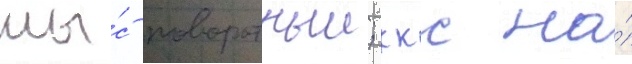
мы́с поворотныи; ккс на́